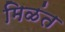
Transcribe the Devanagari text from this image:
मिळंत